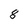
Character: 8